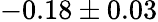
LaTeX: -0.18\pm 0.03